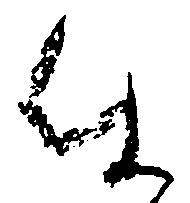
仕